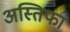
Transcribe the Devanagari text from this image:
अस्तिफा